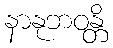
နာနုဘဝန္တိ